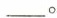
___